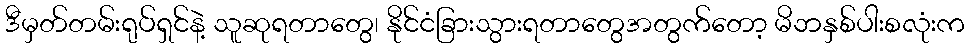
ဒီမှတ်တမ်းရုပ်ရှင်နဲ့ သူဆုရတာတွေ၊ နိုင်ငံခြားသွားရတာတွေအတွက်တော့ မိဘနှစ်ပါးစလုံးက